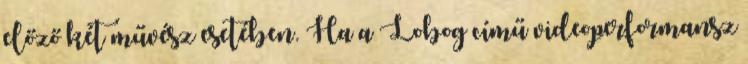
előző két művész esetében. Ha a Lobog című videoperformansz